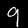
Digit: 9